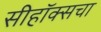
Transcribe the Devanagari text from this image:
सीहॉक्सचा